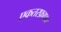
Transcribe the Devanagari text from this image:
एकतरफ़ापन